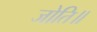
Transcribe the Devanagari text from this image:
जोति॥